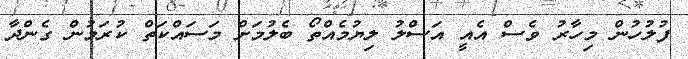
ފުލުހުން މިހާރު ވެސް އެއީ އަސްލު ލިޔުމެއްތޯ ބެލުމަށް މަސައްކަތް ކުރަމުން ގެންދާ